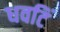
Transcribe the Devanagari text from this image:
धवटिं